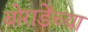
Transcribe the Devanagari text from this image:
बोराडेंच्या